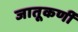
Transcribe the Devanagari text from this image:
जातूकर्णी